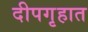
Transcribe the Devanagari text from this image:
दीपगृहात